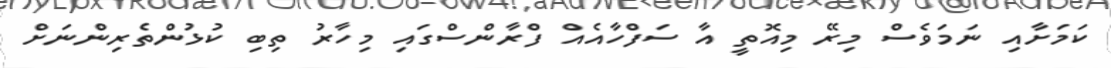
ކަމަށާއި ނަމަވެސް މިރޭ މިއޮތީ އާ ސަފްހާއެއް ފްރާންސްގައި މިހާރު ތިބި ކުޅުންތެރިންނަށް